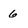
Character: 6